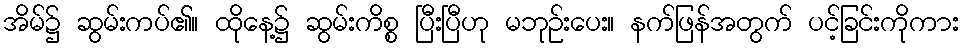
အိမ်၌ ဆွမ်းကပ်၏။ ထိုနေ့၌ ဆွမ်းကိစ္စ ပြီးပြီဟု မဘုဉ်းပေး။ နက်ဖြန်အတွက် ပင့်ခြင်းကိုကား